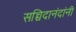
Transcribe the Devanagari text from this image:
सच्चिदानंदांनी